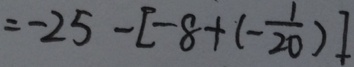
= - 2 5 - [ - 8 + ( - \frac { 1 } { 2 0 } ) ]